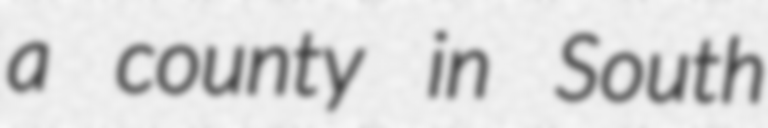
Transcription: a county in South